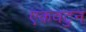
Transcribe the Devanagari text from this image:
एकवटुन